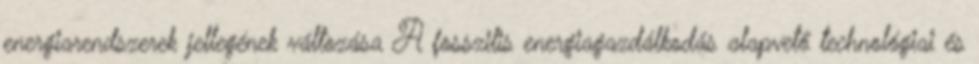
energiarendszerek jellegének változása A fosszilis energiagazdálkodás alapvető technológiai és